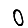
Digit: 0